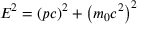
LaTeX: E ^ { 2 } = ( p c ) ^ { 2 } + \left( m _ { 0 } c ^ { 2 } \right) ^ { 2 }